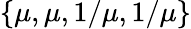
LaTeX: \{ \mu,\mu,1/\mu,1/\mu\}